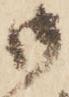
御